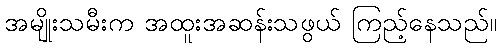
အမျိုးသမီးက အထူးအဆန်းသဖွယ် ကြည့်နေသည်။